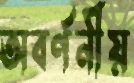
অবর্ণনীয়